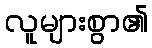
လူများစွာ၏